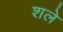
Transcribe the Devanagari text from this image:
शले